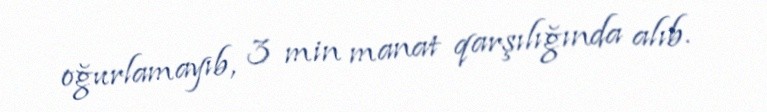
oğurlamayıb, 3 min manat qarşılığında alıb.